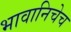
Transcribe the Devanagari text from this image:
भावानिचेच